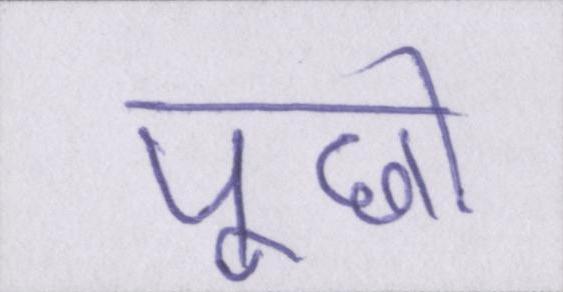
पूछो